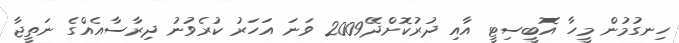
ހިނގުމުން މީހާ އޮބީސިޓީ އާއި ދުރުކޮށްދޭ2009 ވަނަ އަހަރު ކުރެވުނު ދިރާސާއެއްގެ ނަތީޖާ